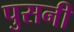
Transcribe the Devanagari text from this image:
पुसनी